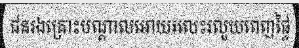
ជនរងគ្រោះបណ្តាលអោយរលេះរលួយពេញផ្ទៃ